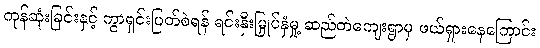
ကုန်ဆုံးခြင်းနှင့် ကွာရှင်းပြတ်စဲရန် ရင်းနှီးမြှုပ်နှံမှု့ ဆည်တဲကျေးရွာမှ ဖယ်ရှားနေကြောင်း